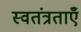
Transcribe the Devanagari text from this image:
स्वतंत्रताएँ